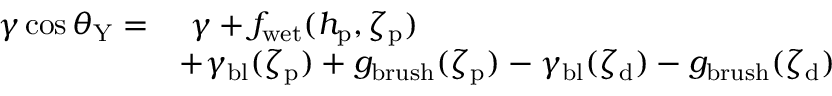
\begin{array} { r l } { \gamma \cos \theta _ { \mathrm { Y } } = } & { \ \gamma + f _ { \mathrm { w e t } } ( h _ { \mathrm { p } } , \zeta _ { \mathrm { p } } ) } \\ & { + \gamma _ { \mathrm { b l } } ( \zeta _ { \mathrm { p } } ) + g _ { \mathrm { b r u s h } } ( \zeta _ { \mathrm { p } } ) - \gamma _ { \mathrm { b l } } ( \zeta _ { \mathrm { d } } ) - g _ { \mathrm { b r u s h } } ( \zeta _ { \mathrm { d } } ) } \end{array}